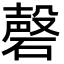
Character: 磬